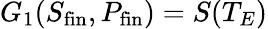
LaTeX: G_{1}(S_{\mathrm{fin}},P_{\mathrm{fin}})=S(T_{E})